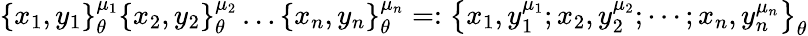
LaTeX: \left\{ x_{1},y_{1}\right\} _{\theta}^{\mu_{1}}\left\{ x_{2},y_{2}\right\} _{\theta}^{\mu_{2}}\ldots\left\{ x_{n},y_{n}\right\} _{\theta}^{\mu_{n}}=:\left\{ x_{1},y_{1}^{\mu_{1}};x_{2},y_{2}^{\mu_{2}};\cdots;x_{n},y_{n}^{\mu_{n}}\right\} _{\theta}